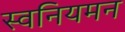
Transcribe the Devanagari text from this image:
स्वनियमन